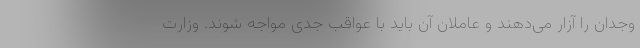
وجدان را آزار می‌دهند و عاملان آن باید با عواقب جدی مواجه شوند. وزارت